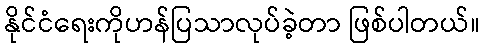
နိုင်ငံရေးကိုဟန်ပြသာလုပ်ခဲ့တာ ဖြစ်ပါတယ်။